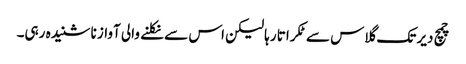
چمچ دیر تک گلاس سے ٹکراتا رہا لیکن اس سے نکلنے والی آواز نا شنیدہ رہی۔